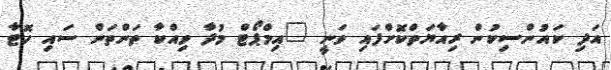
އަދި ކައުންސިކުން ރިއާޔަތްކޮށްފައި ވަނީ "އިމްޕޯޓް މުދާ ވިއްކާ ތަންތަން ސައި ހޮޓާ